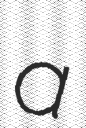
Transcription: a